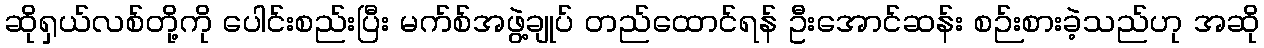
ဆိုရှယ်လစ်တို့ကို ပေါင်းစည်းပြီး မက်စ်အဖွဲ့ချုပ် တည်ထောင်ရန် ဦးအောင်ဆန်း စဉ်းစားခဲ့သည်ဟု အဆို